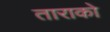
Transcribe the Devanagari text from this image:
ताराको